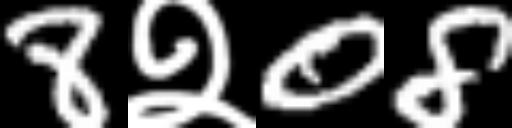
Text: 8२08